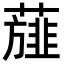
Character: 𮑸